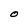
Character: O